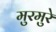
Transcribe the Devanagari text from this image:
मुरमुरे